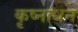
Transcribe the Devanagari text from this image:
कृष्नाधन